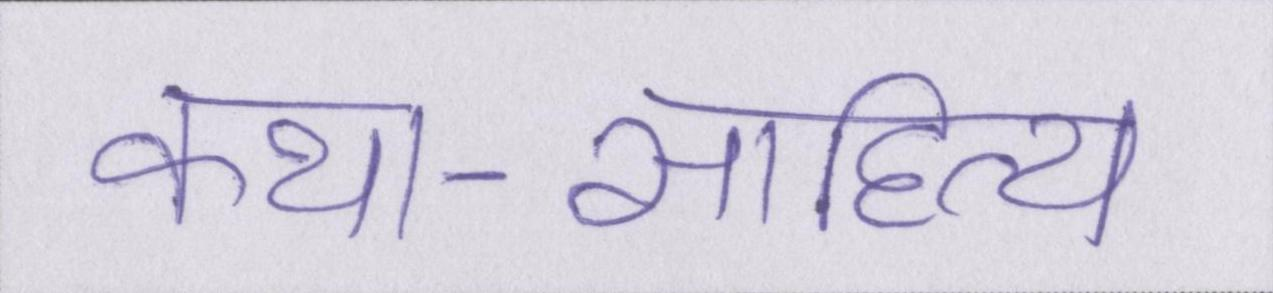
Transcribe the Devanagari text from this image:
कथा-साहित्य